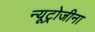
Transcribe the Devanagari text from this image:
न्यूट्रोजीना